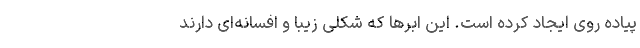
پیاده روی ایجاد کرده است. این ابر‌ها که شکلی زیبا و افسانه‌ای دارند